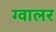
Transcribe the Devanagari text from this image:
ग्वालर